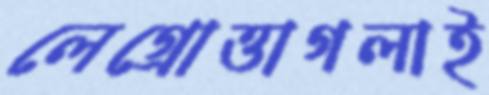
লেগ্রোত্তাগলাই